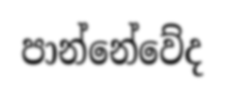
පාන්නේවේද